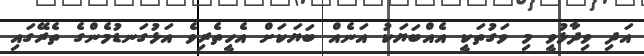
އަދި ވިދާޅުވީ މި ވަގުތަކީ އެއްބަޔަކު އަނެއް ބަޔަކަށް އެހީތެރިވެ އަޅުގަނޑުމެންގެ ތެރޭގައި